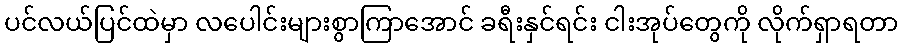
ပင်လယ်ပြင်ထဲမှာ လပေါင်းများစွာကြာအောင် ခရီးနှင်ရင်း ငါးအုပ်တွေကို လိုက်ရှာရတာ